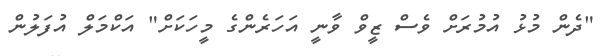
"ދެން މުޅު އުމުރަށް ވެސް ޒީވް ވާނީ އަހަރެންގެ މީހަކަށް" އަކްމަލް އުފަލުން